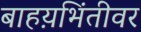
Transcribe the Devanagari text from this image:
बाहय़भिंतीवर